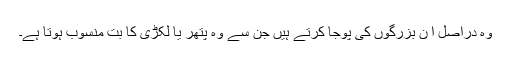
وہ دراصل اُ ن بزرگوں کی پوجا کرتے ہیں جن سے وہ پتھر یا لکڑی کا بت منسوب ہوتا ہے۔